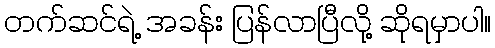
တက်ဆင်ရဲ့ အခန်း ပြန်လာပြီလို့ ဆိုရမှာပါ။